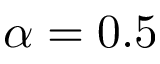
\alpha = 0 . 5